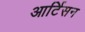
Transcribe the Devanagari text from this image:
आर्टिसन